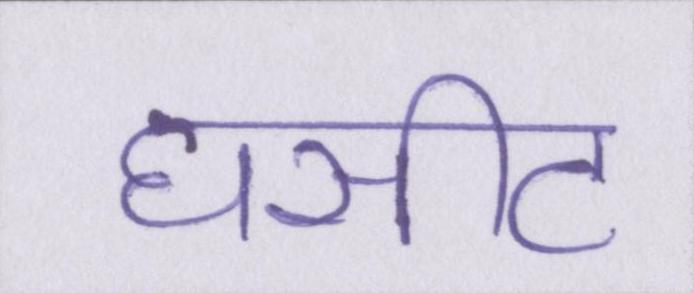
घसीट